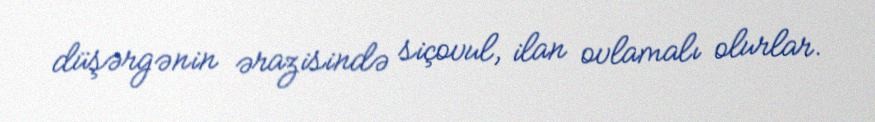
düşərgənin ərazisində siçovul, ilan ovlamalı olurlar.